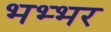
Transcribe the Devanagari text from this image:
भभ्भर